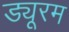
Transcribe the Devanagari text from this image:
ड्यूरम